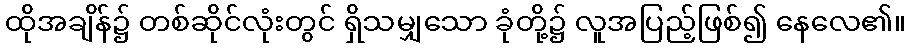
ထိုအချိန်၌ တစ်ဆိုင်လုံးတွင် ရှိသမျှသော ခုံတို့၌ လူအပြည့်ဖြစ်၍ နေလေ၏။